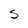
Character: S